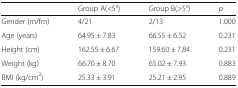
|  | Group A(<5°) | Group B(>5°) | p |
 | --- | --- | --- | --- |
 | Gender (m/fm) | 4/21 | 2/13 | 1.000 |
 | Age (years) | 64.95 ± 7.83 | 66.55 ± 6.52 | 0.231 |
 | Height (cm) | 162.55 ± 6.67 | 159.60 ± 7.84 | 0.231 |
 | Weight (kg) | 66.70 ± 8.70 | 65.02 ± 7.93 | 0.883 |
 | BMI (kg/cm2) | 25.33 ± 3.91 | 25.21 ± 2.95 | 0.889 |